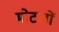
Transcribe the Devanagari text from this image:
मोटलों